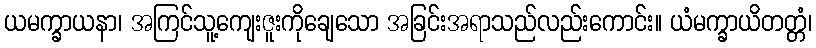
ယမက္ခာယနာ၊ အကြင်သူ့ကျေးဇူးကိုချေသော အခြင်းအရာသည်လည်းကောင်း။ ယံမက္ခာယိတတ္တံ၊